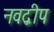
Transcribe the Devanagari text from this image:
नवद्बीप